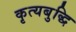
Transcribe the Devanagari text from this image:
कृत्यबुद्धि